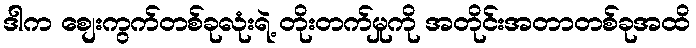
ဒါက စျေးကွက်တစ်ခုလုံးရဲ့ တိုးတက်မှုကို အတိုင်းအတာတစ်ခုအထိ